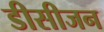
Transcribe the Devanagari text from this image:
डीसीजन